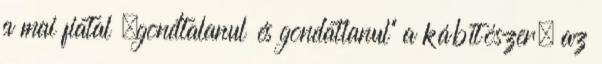
a mai fiatal „gond­talanul és gondatlanul” a kábítószer, az